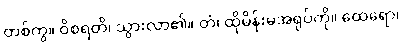
တစ်ကွ။ ဝိစရတိ၊ သွားလာ၏။ တံ၊ ထိုမိန်းမအရုပ်ကို။ ထေရော၊